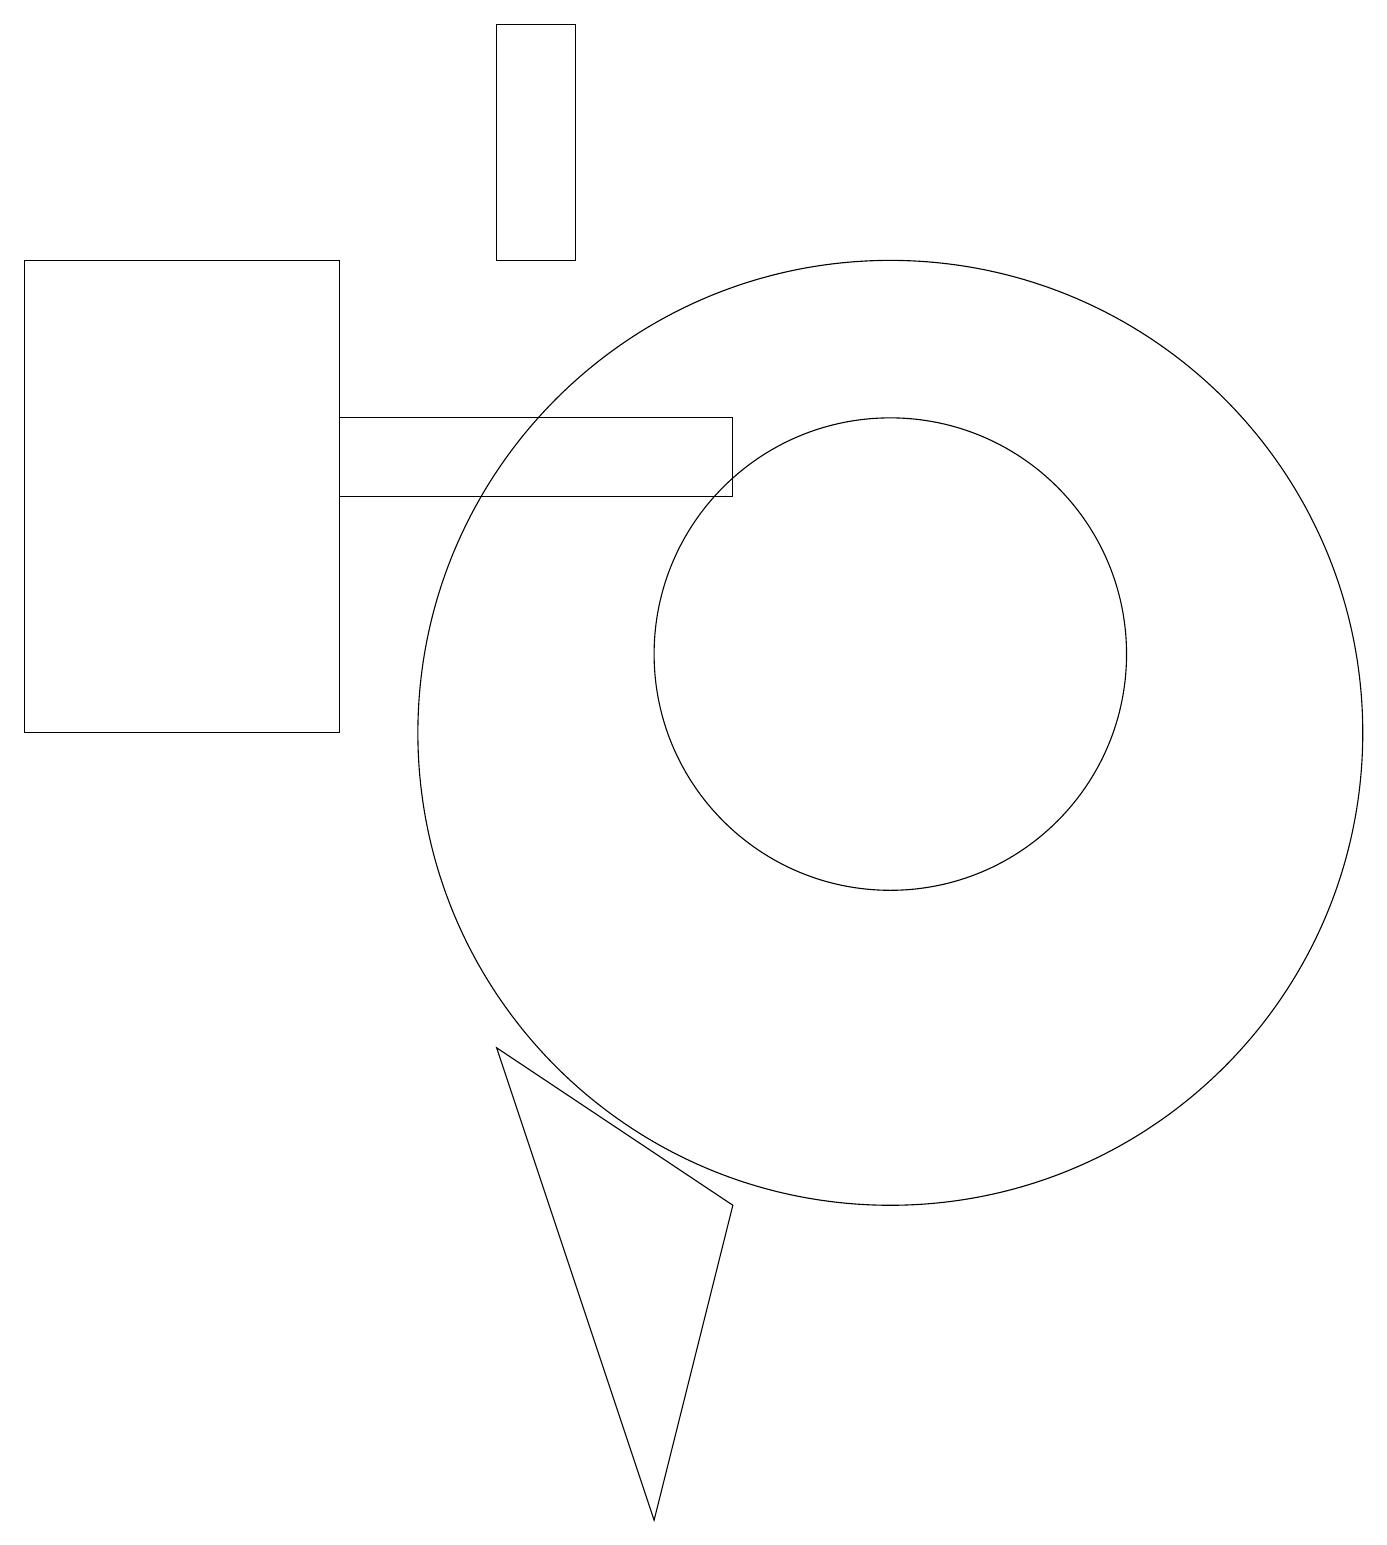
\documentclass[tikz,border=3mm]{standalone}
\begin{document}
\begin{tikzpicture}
\draw (8,0) -- (6,6) -- (9,4) -- cycle;
\draw (11,11) circle (3);
\draw (11,10) circle (6);
\draw (4,13) rectangle (9,14);
\draw (0,10) rectangle (4,16);
\draw (6,19) rectangle (7,16);
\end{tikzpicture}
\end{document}